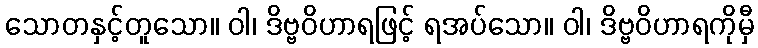
သောတနှင့်တူသော။ ဝါ၊ ဒိဗ္ဗဝိဟာရဖြင့် ရအပ်သော။ ဝါ၊ ဒိဗ္ဗဝိဟာရကိုမှီ